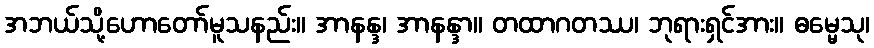
အဘယ်သို့ဟောတော်မူသနည်း။ အာနန္ဒ၊ အာနန္ဒာ။ တထာဂတဿ၊ ဘုရားရှင်အား။ ဓမ္မေသု၊